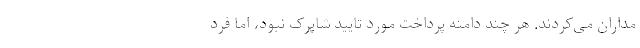
مداران می‌کردند. هر چند دامنه پرداخت مورد تایید شاپرک نبود، اما فرد